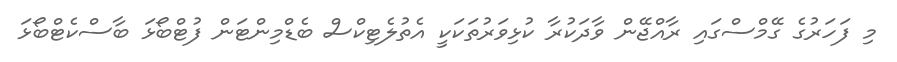
މި ފަހަރުގެ ގޭމްސްގައި ރާއްޖޭން ވާދަކުރާ ކުޅިވަރުތަކަކީ އެތުލެޓިކްސް ބެޑްމިންޓަން ފުޓްބޯޅަ ބާސްކެޓްބޯޅަ